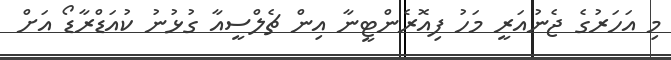
މި އަހަރުގެ ޖެނުއަރީ މަހު ފިއޮރެންޓީނާ އިން ޗެލްސީއާ ގުޅުނު ކުއަޑްރާޑޯ އަށް